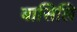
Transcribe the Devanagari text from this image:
बासिलि